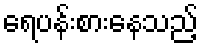
ရေပန်းစားနေသည့်